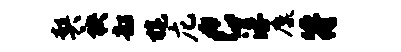
契袂韶旄庀c浮麋符